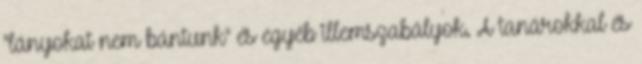
"lányokat nem bántunk" és egyéb illemszabályok. A tanárokkal és